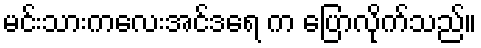
မင်းသားကလေးအင်ဒရေ က ပြောလိုက်သည်။